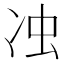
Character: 𭂌